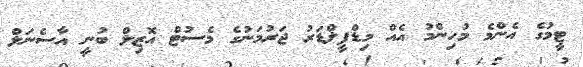
ޓީމުގެ އެންމެ މުހިންމު އެއް މިޑްފީލްޑަރު ޖަރުމަނުގެ މެސުޓް އޮޒިލް ބުނީ އާސެނަލް